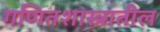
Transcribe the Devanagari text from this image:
गणितशास्त्रातील